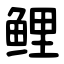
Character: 鲤